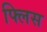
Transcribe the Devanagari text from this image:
फ्लिस